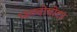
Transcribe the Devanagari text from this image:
प्स्य्चोमोटर